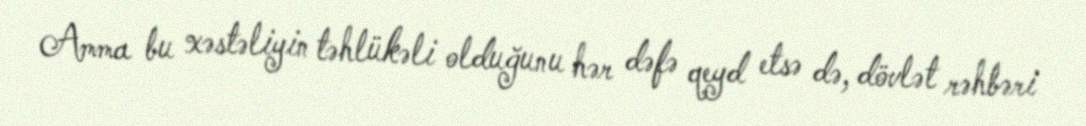
Amma bu xəstəliyin təhlükəli olduğunu hər dəfə qeyd etsə də, dövlət rəhbəri